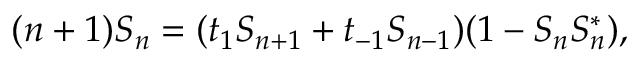
( n + 1 ) S _ { n } = ( t _ { 1 } S _ { n + 1 } + t _ { - 1 } S _ { n - 1 } ) ( 1 - S _ { n } S _ { n } ^ { * } ) ,